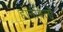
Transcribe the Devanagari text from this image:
हॉर्नबिलों